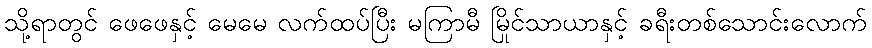
သို့ရာတွင် ဖေဖေနှင့် မေမေ လက်ထပ်ပြီး မကြာမီ မြိုင်သာယာနှင့် ခရီးတစ်သောင်းလောက်